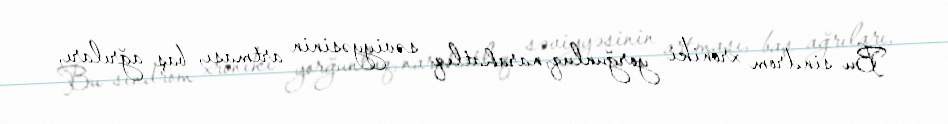
Bu sindrom xroniki yorğunluq, narahatlıq səviyyəsinin artması, baş ağrıları,